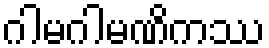
ဂါမဂါမဏိကဿ